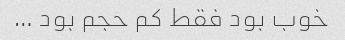
خوب بود فقط کم حجم بود …